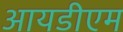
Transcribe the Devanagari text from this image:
आयडीएम